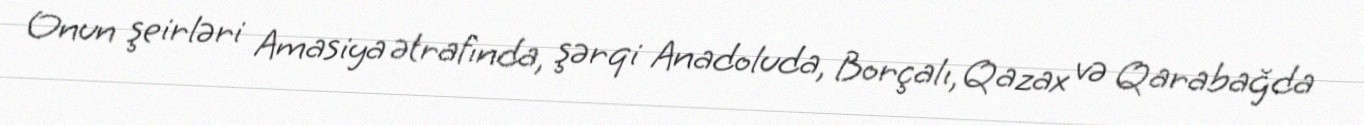
Onun şeirləri Amasiya ətrafında, şərqi Anadoluda, Borçalı, Qazax və Qarabağda